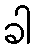
ခါ